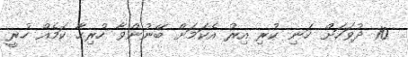
10 ދުވަހަށް ހަނި ކުރި އިރު އެކަމަށް ބޭނުންވާ ހުރިހާ ކަމެއް ހުރީ